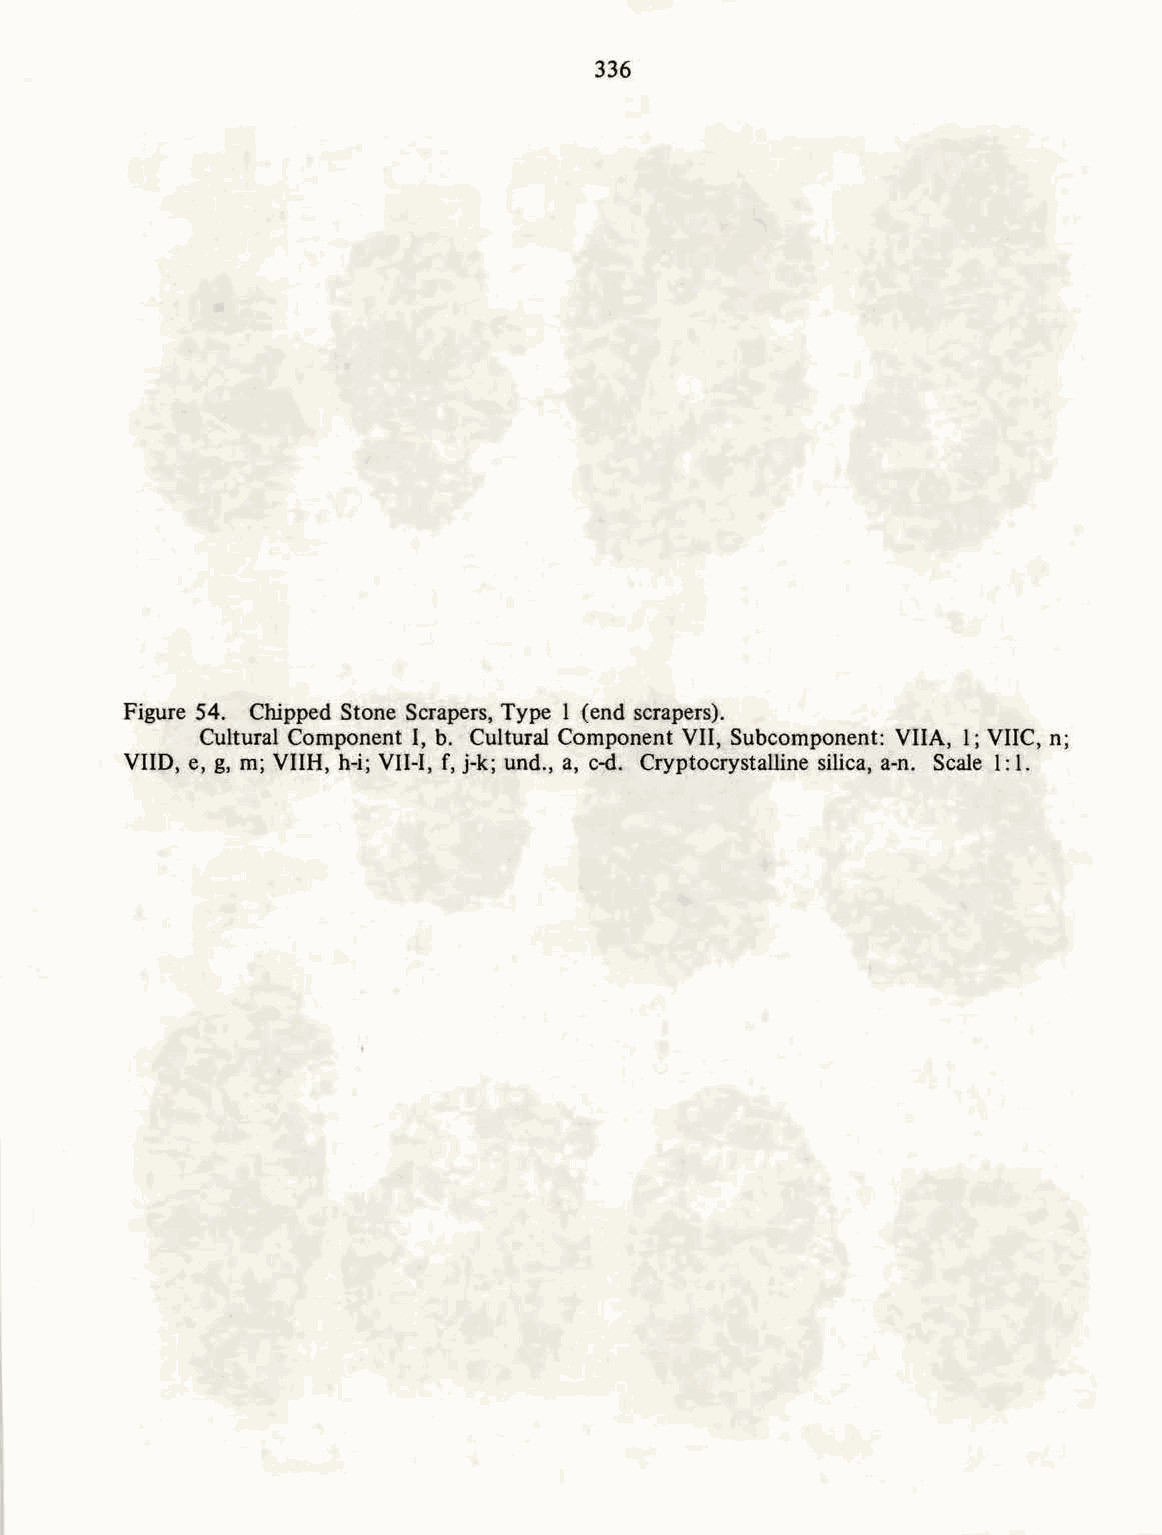
336
 Figure 54. Chipped Stone Scrapers, Type 1 (end scrapers).
 Cultural Component I, b. Cultural Component VII, Subcomponent: VIlA, 1; VllC, n;
 VIID, e, g, m; VIIH, h-i; VII-I, f, j-k; und., a, c-d. Cryptocrystalline silica, a-n. Scale 1: 1.